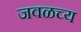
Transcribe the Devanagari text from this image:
जवळच्य